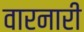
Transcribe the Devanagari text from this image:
वारनारी